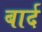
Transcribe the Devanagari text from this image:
बार्द